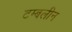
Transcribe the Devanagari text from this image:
टम्बलीन